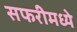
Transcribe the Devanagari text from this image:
सफरीमध्ये